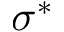
\sigma ^ { * }